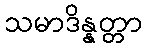
သမာဒိန္နတ္တာ